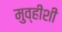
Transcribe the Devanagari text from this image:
मुव्हीशी